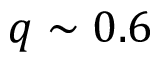
q \sim 0 . 6